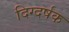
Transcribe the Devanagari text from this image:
दिग्दर्षक